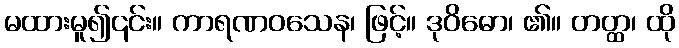
မထားမူ၍၎င်း။ ကာရဏဝသေန၊ ဖြင့်။ ဒုဝိဓော၊ ၏။ တတ္ထ၊ ထို